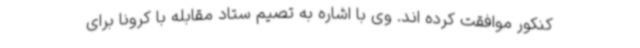
کنکور موافقت کرده اند. وی با اشاره به تصیم ستاد مقابله با کرونا برای